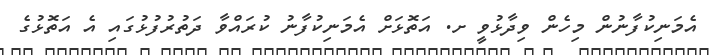
އެމަނިކުފާނުން މިހެން ވިދާޅުވީ ށ. އަތޮޅަށް އެމަނިކުފާނު ކުރައްވާ ދަތުރުފުޅުގައި އެ އަތޮޅުގެ